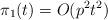
LaTeX: \begin{align*}\pi_{1}(t)= O(p^2t^2)\end{align*}